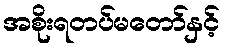
အစိုးရတပ်မတော်နှင့်